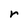
Character: r